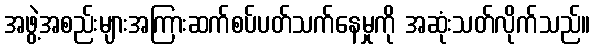
အဖွဲ့အစည်းများအကြားဆက်စပ်ပတ်သက်နေမှုကို အဆုံးသတ်လိုက်သည်။